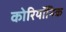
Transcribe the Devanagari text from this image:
कोरियॉनिक